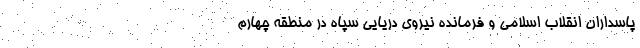
پاسداران انقلاب اسلامی و فرمانده نیروی دریایی سپاه در منطقه چهارم